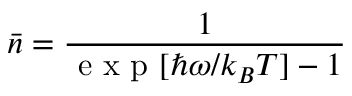
\bar { n } = \frac { 1 } { \mathrm { ~ e ~ x ~ p ~ } [ \hbar \omega / k _ { B } T ] - 1 }